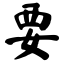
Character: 要